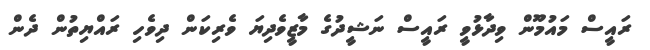
ރައީސް މައުމޫން ވިދާޅުވީ ރައީސް ނަޝީދުގެ މާޒީވެދިޔަ ވެރިކަން ދިވެހި ރައްޔިތުން ދެން